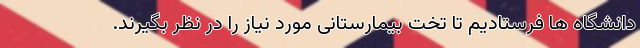
دانشگاه ها فرستادیم تا تخت بیمارستانی مورد نیاز را در نظر بگیرند.